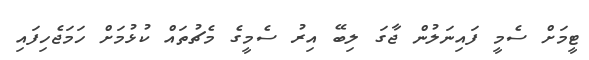
ޓީމަށް ސެމީ ފައިނަލުން ޖާގަ ލިބޭ އިރު ސެމީގެ މެޗުތައް ކުޅުމަށް ހަމަޖެހިފައި